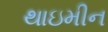
થાઇમીન